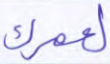
لعمرك